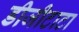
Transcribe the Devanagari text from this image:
डीजीटाटा